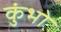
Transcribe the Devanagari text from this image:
कुंभो